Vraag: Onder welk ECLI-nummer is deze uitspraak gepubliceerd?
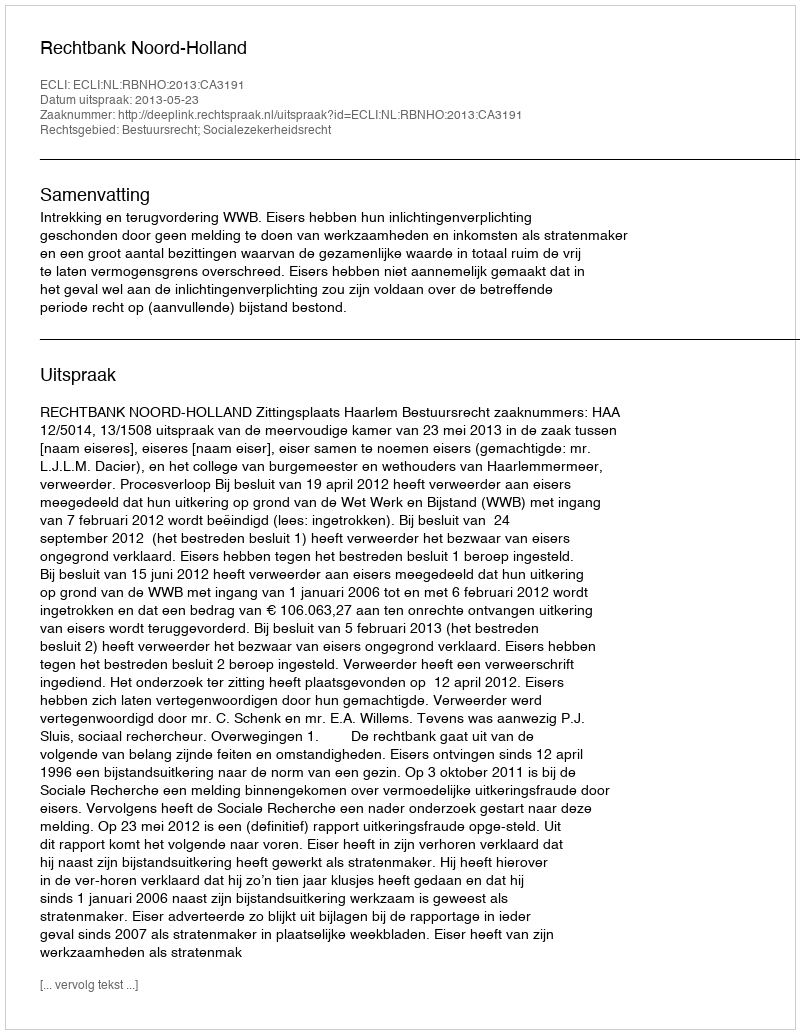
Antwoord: ECLI:NL:RBNHO:2013:CA3191